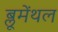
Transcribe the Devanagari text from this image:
ब्लूमेंथल